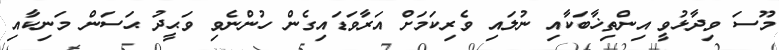
މޫސަ ވިދާޅުވީ އިންތިޚާބަކާއި ނުލައި ވެރިކަމަށް އަރާވަޑައިގެން ހުންނެވި ވަޙީދު ޙަސަން މަނިކާއި